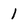
Character: 1